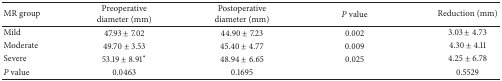
<table><thead><tr><td><b>MR group</b></td><td><b>Preoperative diameter (mm)</b></td><td><b>Postoperative diameter (mm)</b></td><td><b><i>P</i> value</b></td><td><b>Reduction (mm)</b></td></tr></thead><tbody><tr><td>Mild</td><td>47.93 ± 7.02</td><td>44.90 ± 7.23</td><td>0.002</td><td>3.03 ± 4.73</td></tr><tr><td>Moderate</td><td>49.70 ± 3.53</td><td>45.40 ± 4.77</td><td>0.009</td><td>4.30 ± 4.11</td></tr><tr><td>Severe</td><td> 53.19 ± 8.91<sup><i>∗</i></sup></td><td>48.94 ± 6.65</td><td>0.025</td><td>4.25 ± 6.78</td></tr><tr><td><i>P</i> value</td><td>0.0463</td><td>0.1695</td><td> </td><td>0.5529</td></tr></tbody></table>